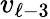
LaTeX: v_{\ell-3}